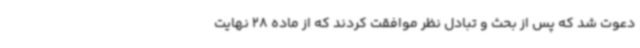
دعوت شد که پس از بحث و تبادل نظر موافقت کردند که از ماده 28 نهایت